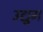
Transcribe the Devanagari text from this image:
उद्युग